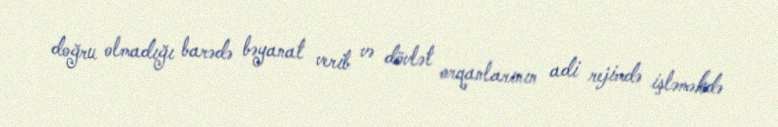
doğru olmadığı barədə bəyanat verib və dövlət orqanlarının adi rejimdə işləməkdə